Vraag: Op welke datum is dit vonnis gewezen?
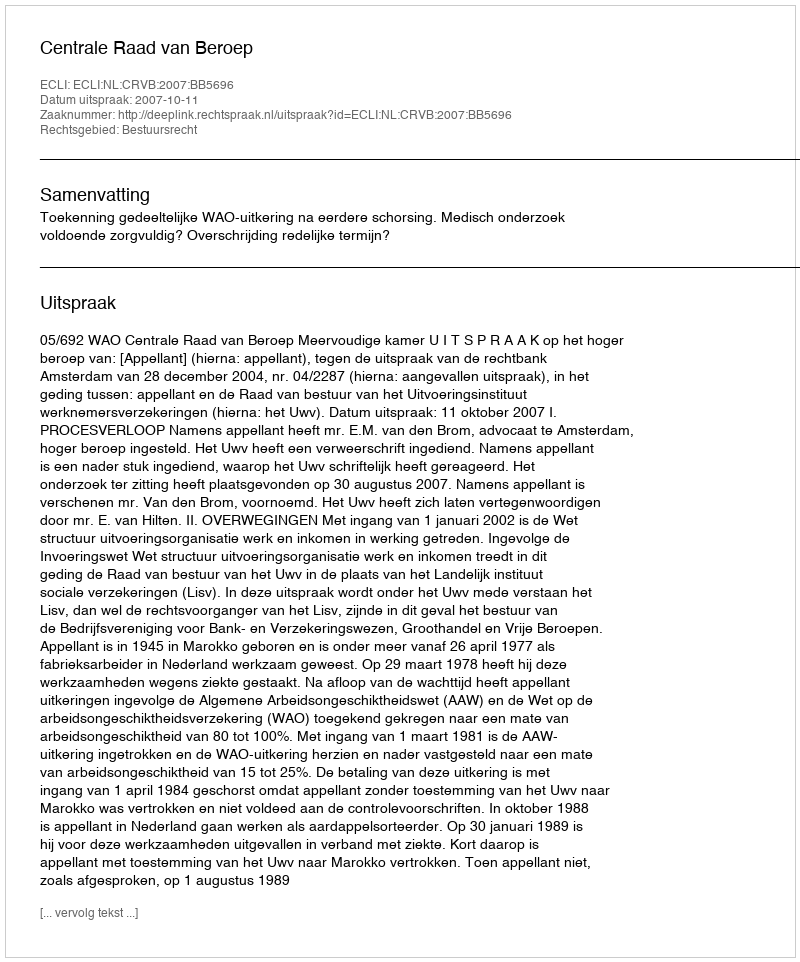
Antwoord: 2007-10-11